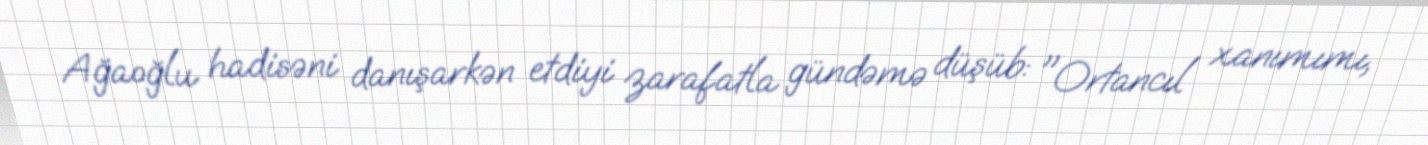
Ağaoğlu hadisəni danışarkən etdiyi zarafatla gündəmə düşüb: "Ortancıl xanımımı,